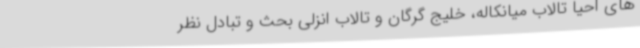
های احیا تالاب میانکاله، خلیج گرگان و تالاب انزلی بحث و تبادل نظر